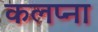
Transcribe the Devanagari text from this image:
कलप्ना